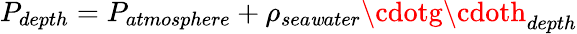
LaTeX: P_{depth}=P_{atmosphere}+\rho_{sea\mathit{w}ater}\cdotg\cdoth_{depth}